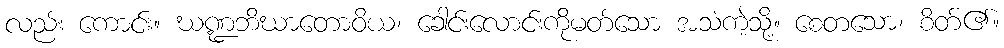
လည်း ကောင်း။ ဃဏ္ဍဘိဃာတောဝိယ၊ ခေါင်းလောင်းကိုမတ်သော အသံကဲ့သို့။ စေတသော၊ စိတ်၏။